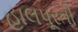
હાલપૂરતી